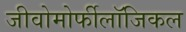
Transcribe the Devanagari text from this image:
जीवोमोर्फीलॉजिकल